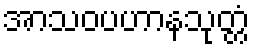
အာသဝပဟာနသုတ္တံ